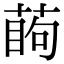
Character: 𦶔